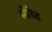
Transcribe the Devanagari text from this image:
सोरेट